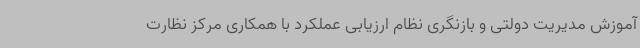
آموزش مدیریت دولتی و بازنگری نظام ارزیابی عملکرد با همکاری مرکز نظارت